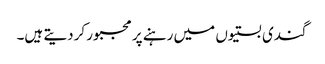
گندی بستیوں میں رہنے پر مجبور کردیتے ہیں۔